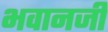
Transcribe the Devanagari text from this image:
भवानजी